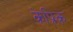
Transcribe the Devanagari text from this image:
केप्रिक